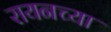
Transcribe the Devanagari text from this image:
रायनच्या